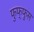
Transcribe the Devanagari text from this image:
फुफ्‍फुस